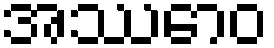
အဿောဝ